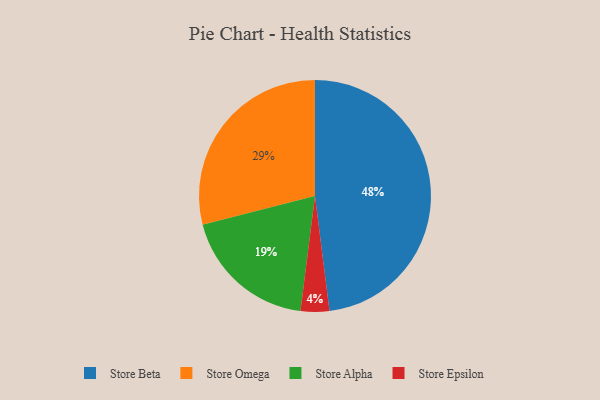
{"axis": {"x": "Category", "y": "Percentage"}, "legend": ["Store Alpha", "Store Beta", "Store Epsilon", "Store Omega"], "data": [{"x": "Store Omega", "y": 29, "type": "Store Omega"}, {"x": "Store Epsilon", "y": 4, "type": "Store Epsilon"}, {"x": "Store Beta", "y": 48, "type": "Store Beta"}, {"x": "Store Alpha", "y": 19, "type": "Store Alpha"}]}